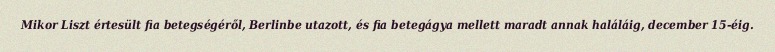
Mikor Liszt értesült fia betegségéről, Berlinbe utazott, és fia betegágya mellett maradt annak haláláig, december 15-éig.